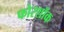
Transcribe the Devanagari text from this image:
फोरशॉक